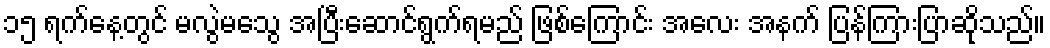
၁၅ ရက်နေ့တွင် မလွဲမသွေ အပြီးဆောင်ရွက်ရမည် ဖြစ်ကြောင်း အလေး အနက် ပြန်ကြားပြာဆိုသည်။